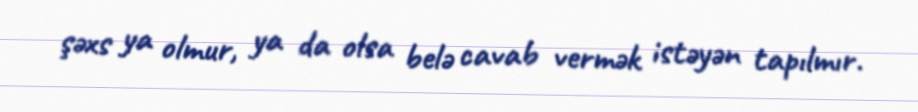
şəxs ya olmur, ya da olsa belə cavab vermək istəyən tapılmır.